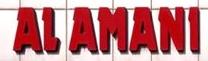
al